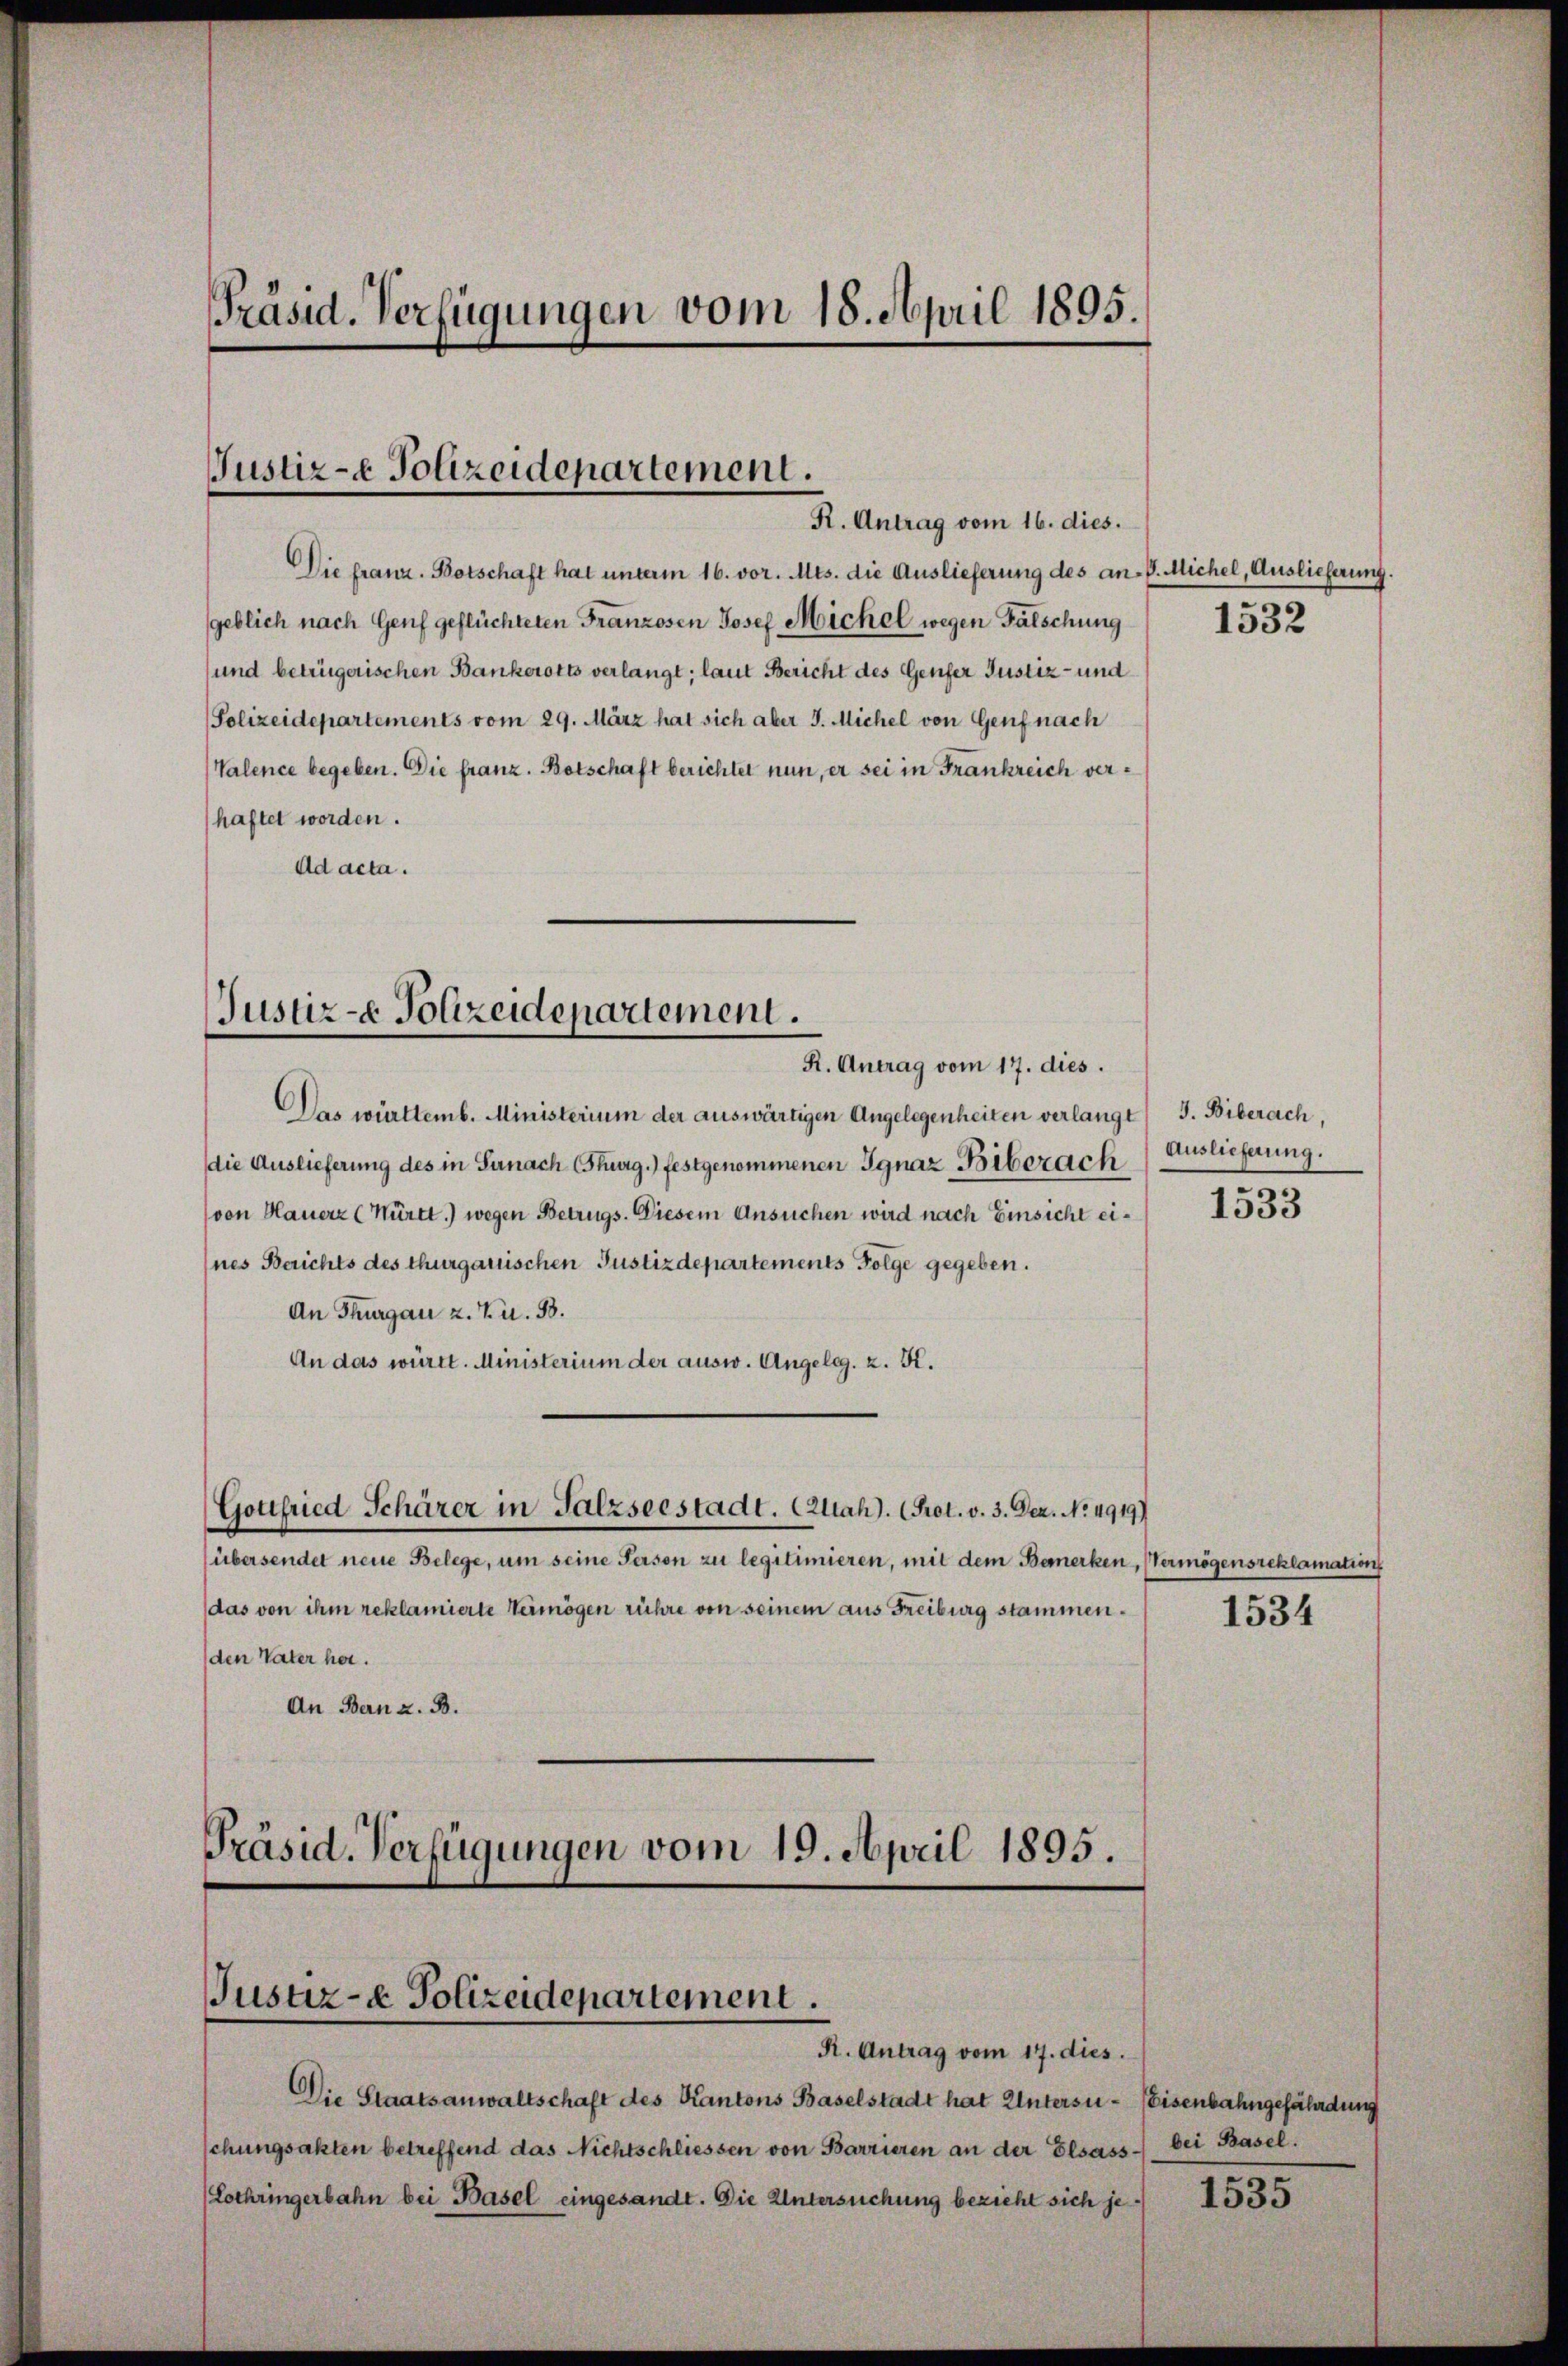
Präsid. Verfügungen vom 18. April 1895.

Justiz- & Polizeidepartement.
R. Antrag vom 16. dies.

Die franz. Botschaft hat unterm 16. vor. Mts. die Auslieferung des an. P. Michel, Auslieferung.
geblich nach Genf geflüchteten Franzosen Josef Michel wegen Fälschung
und betrügerischen Bankerotts verlangt; laut Bericht des Genfer Justiz- und
Polizeidepartements vom 29. März hat sich aber J. Michel von Genf nach
(Valence begeben. Die franz. Botschaft berichtet nun, er sei in Frankreich verhaftet worden.
Ad acta.

Justiz- & Polizeidepartement.
R. Antrag vom 17. dies.

Gottfried Schärer in Salzseestadt. (Zuah). (Prot. v. 3. Dez. No. 4919)

Präsid. Verfügungen vom 19. April 1895.

Das württemb. Ministerium der auswärtigen Angelegenheiten verlangt) J. Biberach,
die Auslieferung des in Sanach Thurg.) festgenommenen Ignaz Biberach
(von Hauerz (Württ.) wegen Betrugs. Diesem Ansuchen wird nach Einsicht eines Berichts des thurgauischen Justizdepartements Folge gegeben.
An Thurgau z. Z. B.
An das württ. Ministerium der ausw. Angeleg, z. K.

Justiz- & Polizeidepartement.
R. Antrag vom 17. dies.

(übersendet neue Belege, um seine Person zu legitimieren, mit dem Bemerken, Vermögensreklamation
(das von ihm reklamierte Vermögen rühre von seinem aus Freiburg stammen¬
(den Vater her.
An Bern z. B.

Die Staatsanwaltschaft des Kantons Baselstadt hat Untersuschungsakten betreffend das Nichtschliessen von Barrieren an der Elsass bei Basel.
(Lothringerbahn bei Basel eingesandt. Die Untersuchung bezieht sich je¬

1532

Auslieferung.
1533

1534

1535

Eisenbahngefährdung